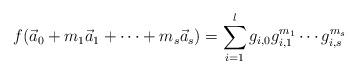
LaTeX: \begin{align*} f(\vec a_0 + m_1 \vec a_1 + \cdots + m_s \vec a_s) = \sum_{i=1}^l g_{i,0} g_{i,1}^{m_1} \cdots g_{i,s}^{m_s} \qquad \end{align*}